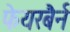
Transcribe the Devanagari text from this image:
फेयरबैर्न